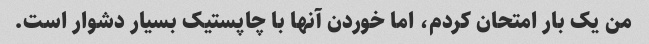
من یک بار امتحان کردم، اما خوردن آنها با چاپستیک بسیار دشوار است.